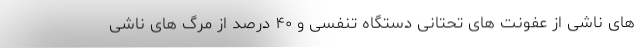
های ناشی از عفونت های تحتانی دستگاه تنفسی و ۴۰ درصد از مرگ های ناشی